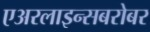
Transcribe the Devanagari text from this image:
एअरलाइन्सबरोबर